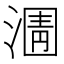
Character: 𭱿